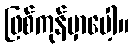
ဖြစ်ကုန်မှာပေါ့။